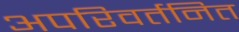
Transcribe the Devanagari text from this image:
अपरिवर्तनित